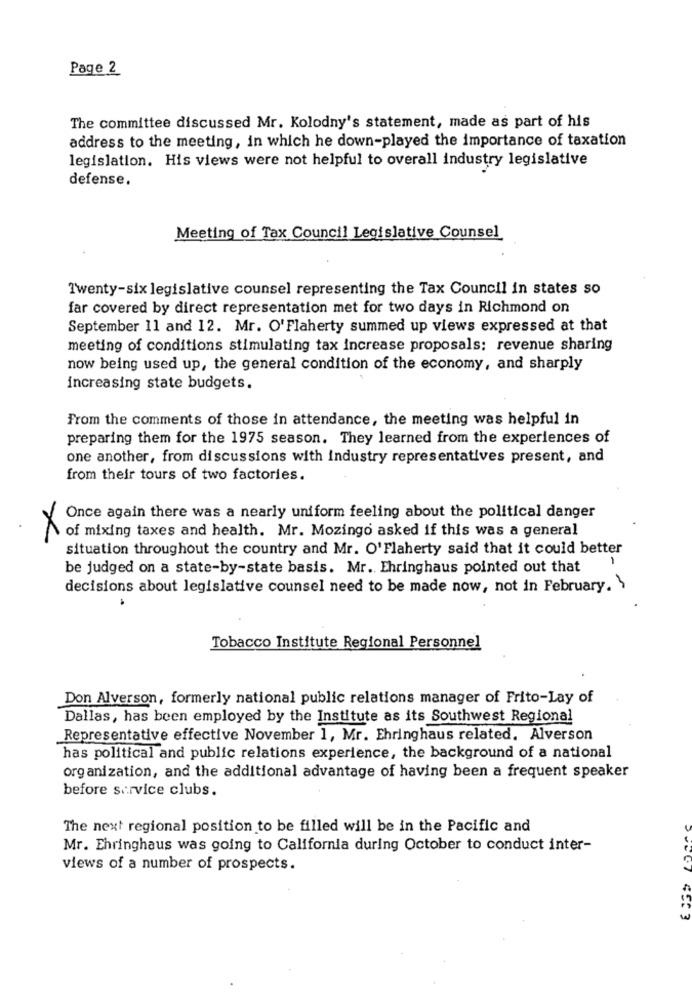
Page 2
The committee discussed Mr. Kolodny's statement, made as part of his
address to the meeting, in which he down-played the importance of taxation
legislation. His views were not helpful to overall industry legislative
defense.
Meeting of Tax Council Legislative Counsel
Twenty-six legislative counsel representing the Tax Council in states so
far covered by direct representation met for two days in Richmond on
September 11 and 12. Mr. O'Flaherty summed up views expressed at that
meeting of conditions stimulating tax increase proposals: revenue sharing
now being used up, the general condition of the economy, and sharply
increasing state budgets.
From the comments of those in attendance, the meeting was helpful in
preparing them for the 1975 season. They learned from the experiences of
one another, from discussions with industry representatives present, and
from their tours of two factories.
Once again there was a nearly uniform feeling about the political danger
of mixing taxes and health. Mr. Mozingo asked if this was a general
x
situation throughout the country and Mr. O'Flaherty said that it could better
1
be judged on a state-by-state basis. Mr. Ehringhaus pointed out that
decisions about legislative counsel need to be made now, not in February.
Tobacco Institute Regional Personnel
Don Alverson, formerly national public relations manager of Frito-Lay of
Dallas, has been employed by the Institute as its Southwest Regional
Representative effective November 1, Mr. Ehringhaus related. Alverson
has political and public relations experience, the background of a national
organization, and the additional advantage of having been a frequent speaker
before service clubs.
The next regional position to be filled will be in the Pacific and
Mr. Ehringhaus was going to California during October to conduct inter-
views of a number of prospects.